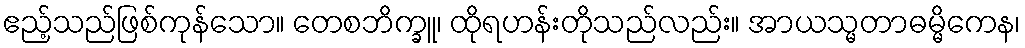
ဧည့်သည်ဖြစ်ကုန်သော။ တေစဘိက္ခူ၊ ထိုရဟန်းတိုသည်လည်း။ အာယသ္မတာဓမ္မိကေန၊